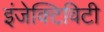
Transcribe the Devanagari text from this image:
इंजेक्टिविटी